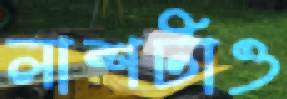
লাশটাও